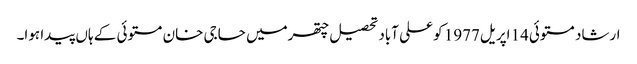
ارشاد مستوئی14 اپریل1977 کو علی آباد تحصیل چتھرمیں حاجی خان مستوئی کے ہاں پیدا ہوا۔